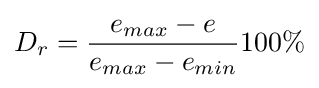
D_{r}={\frac {e_{max}-e}{e_{max}-e_{min}}}100\%